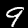
Digit: 9